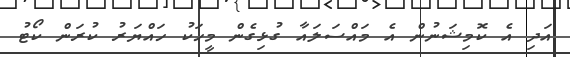
އަދި އެ ކޮމިޝަނުން އެ މައްސަލައާ ގުޅިގެން މީހަކު ހައްޔަރު ކުރަން ކޯޓު